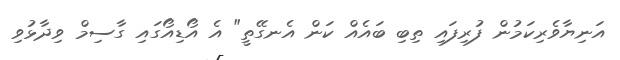
އަނިޔާވެރިކަމުން ފުރިފައި ތިބި ބައެއް ކަން އެނގޭތީ" އެ އޯޑިއޯގައި ގާސިމް ވިދާޅުވި